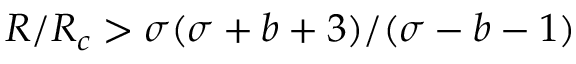
R / R _ { c } > \sigma ( \sigma + b + 3 ) / ( \sigma - b - 1 )